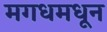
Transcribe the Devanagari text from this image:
मगधमधून